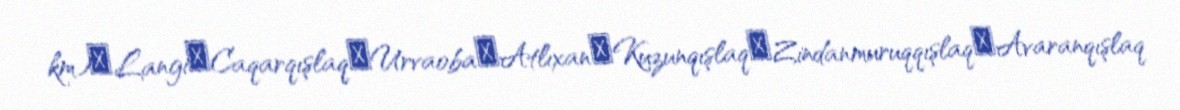
km)‒Langi‒Caqarqışlaq‒Urvaoba‒Atlıxan‒Kuzunqışlaq‒Zindanmuruqqışlaq‒Avaranqışlaq